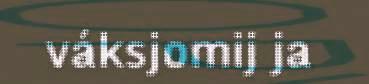
váksjomij ja